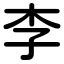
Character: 李